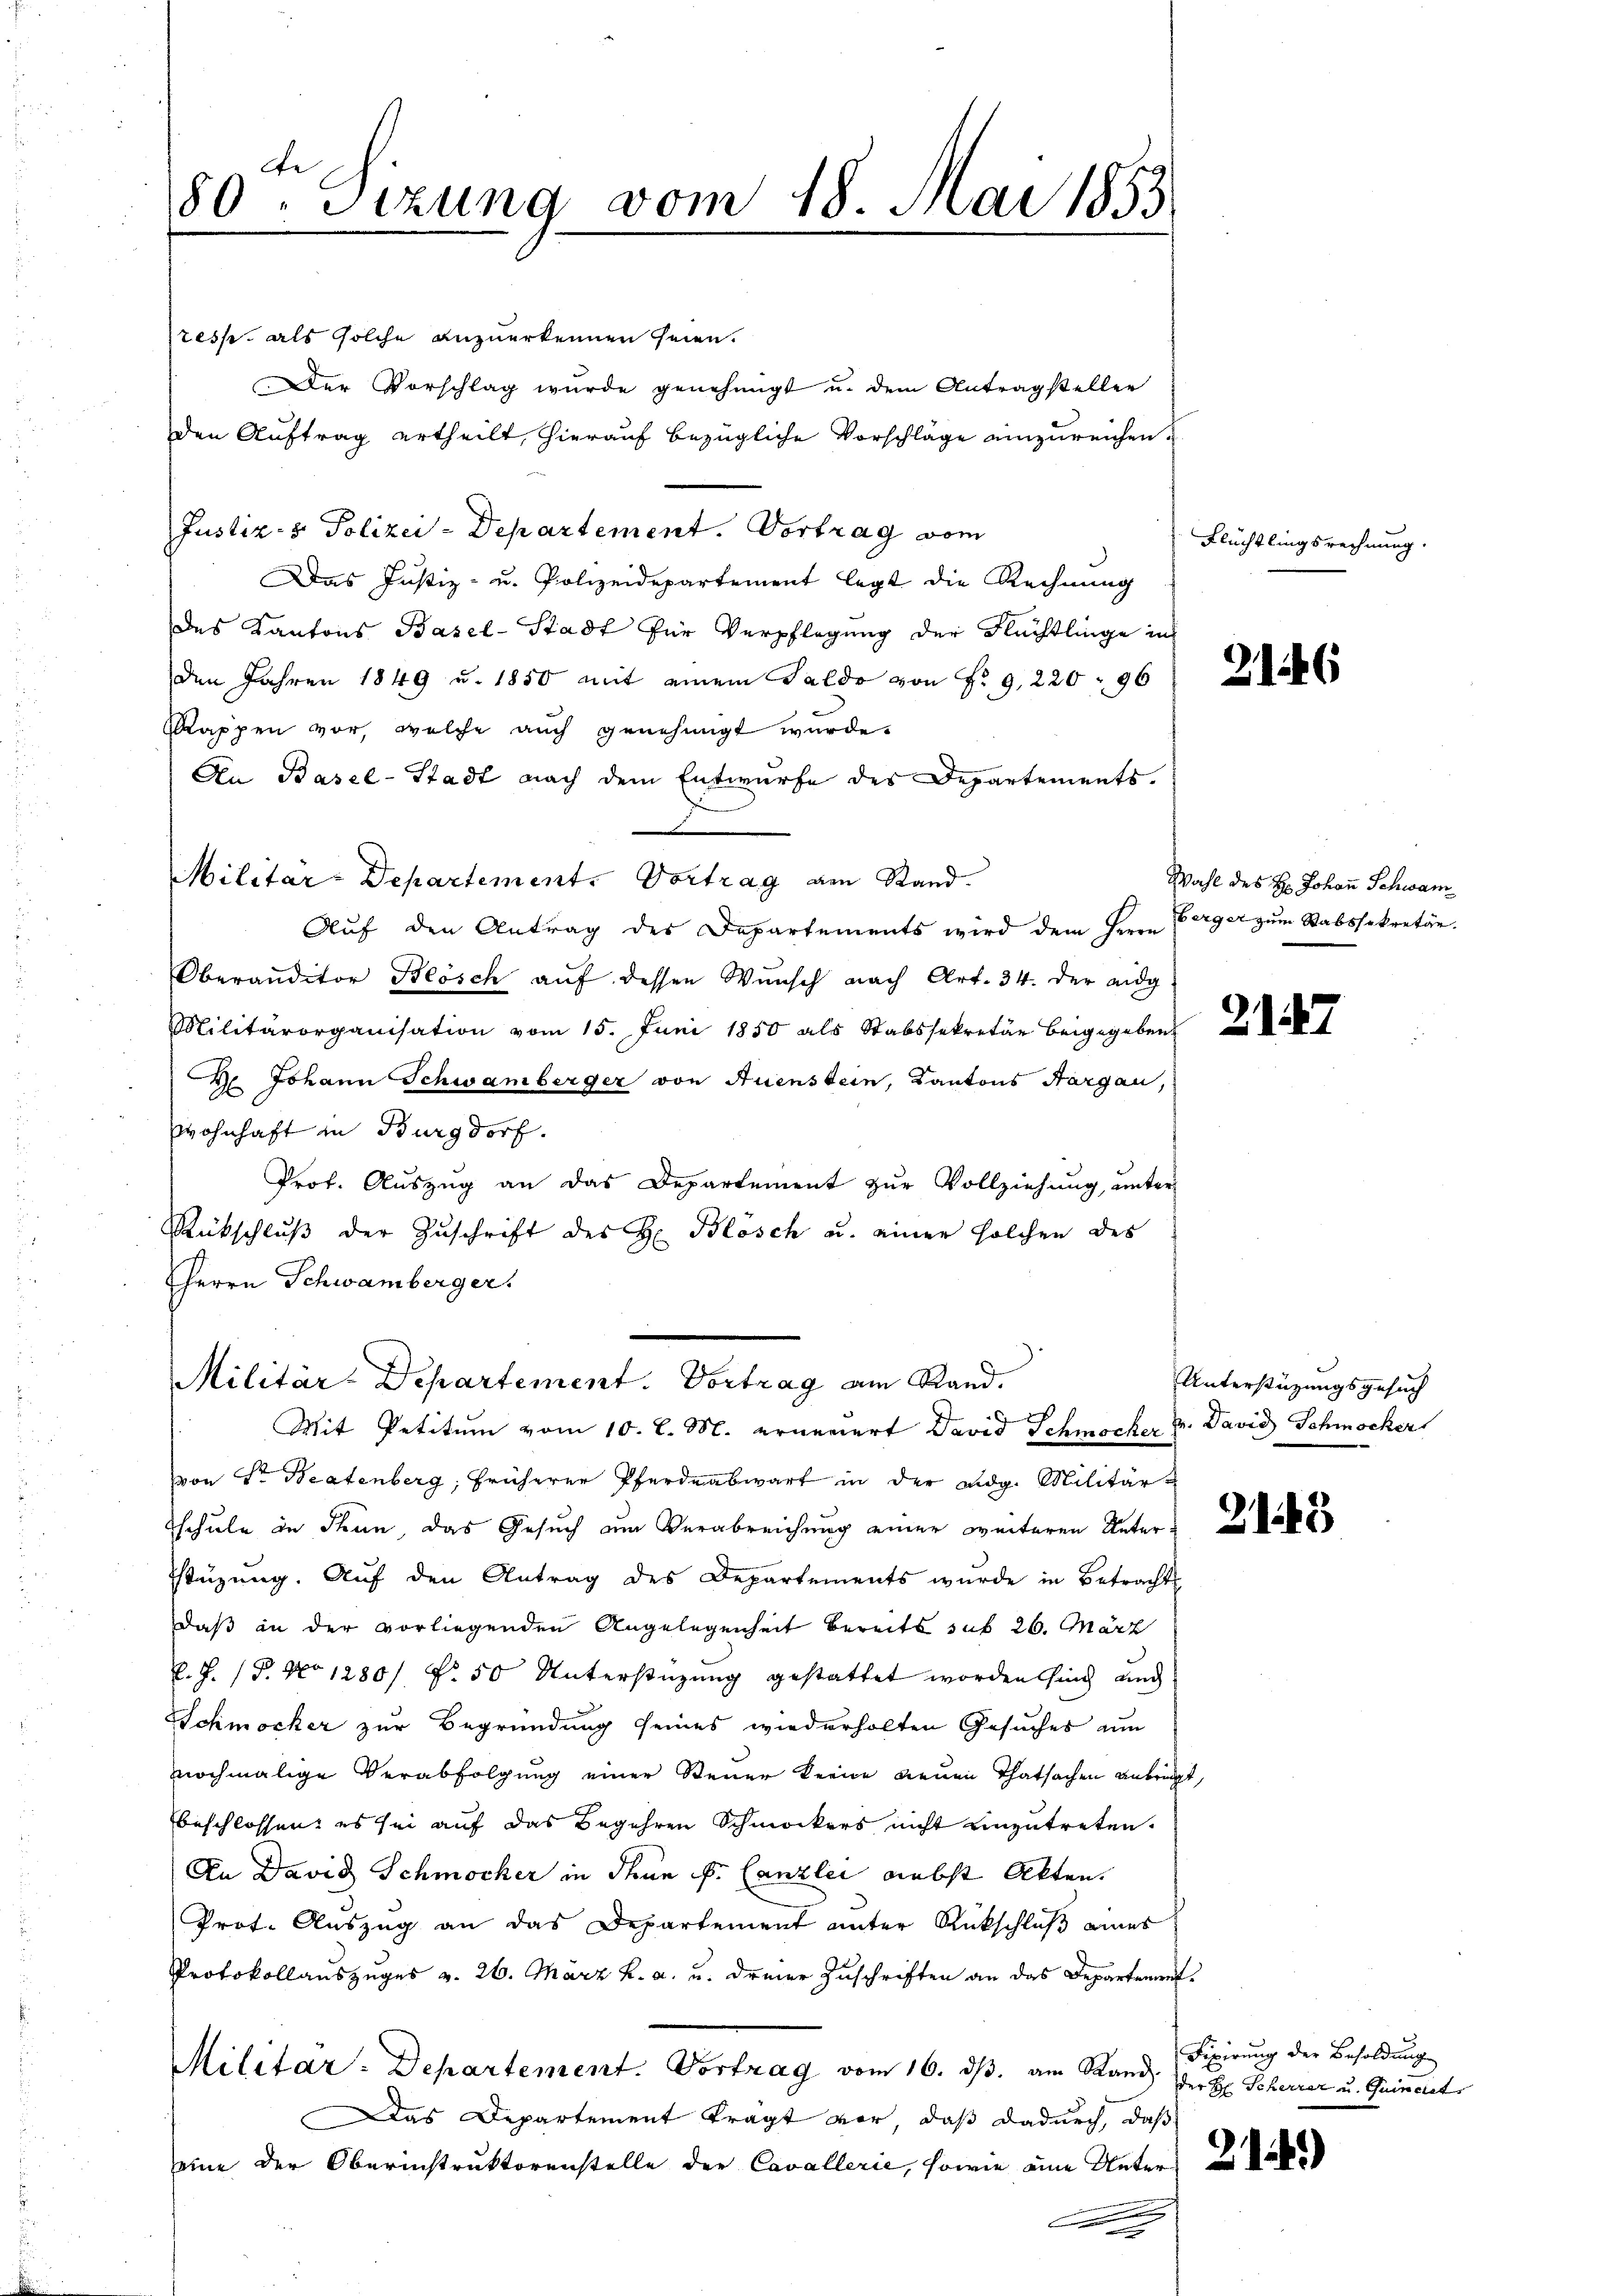
80ten Sizung vom 18. Mai 1853

resse, als solche anzuerkennen seien.
Der Vorschlag wurde genehmigt u. dem Antragsteller
den Auftrag ertheilt, hierauf bezügliche Vorschläge einzureichen.
Justiz- & Polizei-Departement. Vortrag vom
Das Justiz- u. Polizeidepartement legt die Rechnung
des Kantons Basel-Stadt für Verpflegung der Flüchtlinge in
den Jahren 1849 u. 1850 mit einem Saldo von Fr. 9, 220 96
Rappen vor, welche auch genehmigt wurde.
An Basel-Stadt nach dem Entwurfe des Departements.
Militar-Departement. Vortrag am Stand.
Auf den Antrag des Departements wird dem Herrn Verger zum Stabssekretär.
Oberanditor Blosch auf dessen Wunsch nach Art. 34. der eidg.
Militärorganisation vom 15. Juni 1850 als Stabssekretär beigegeben
 Johann Schwamberger von Auenstein, Kantons Aargau,
Wohnhaft in Burgdorf.
Prof. Auszug an das Departement zur Vollziehung unter
Rückschluß der Zuschrift des H. Blosch u. einer solchen des
HHerrn Schwamberger.

Militär-Departement. Vortrag am Rand.
¬
Mit Petitum vom 10. l. M. ernennert David Schmöcker Hr. David Schmöcker

von Sr. Beatenberg, früherer Pferdeabwart in der Eidg. Militär-
Tschule in denn das Gesuch am Verabreichung einer weiteren Unter a
Tstezung. Auf den Antrag des Departements wurde in Betracht
daß an der vorliegenden Angelegenheit bereits sub 26. März
k. J. (T. No 1280/ N. 50 Unterstüzung gestattet worden sind und
Schmocker zur Begründung seines wiederholten Gesuches um
nochmalige Verabfolgung einer Steuer keine neuen Thatsachen anbrigt,
beschlossen, es sei auf das Begehren Schmockers nicht einzutreten.
An David Schmocker in Thun F. Canzlei nebst Akten.
Prot. Auszug an das Departement unter Rückschluß eines
Protokollauszuges v. 26. März h. a. u. dreier Zuschriften an das Departement¬
Militar-Departement. Vortrag vom 16. dβ. am Rand
Das Departement tragt vor, daß dadurch, daß
seine der Oberinstruktorenstelle der Cavallerie, sowie eine Unters ab
A

Flüchtlingsrechnung.

2146

Wahl des H. Johan̄ Schwam

Unterstützungsgesuch

Fixierung der Besoldung
der Hr. Scherrer u. Quindet